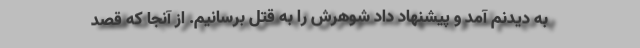
به دیدنم آمد و پیشنهاد داد شوهرش را به قتل برسانیم. از آنجا که قصد